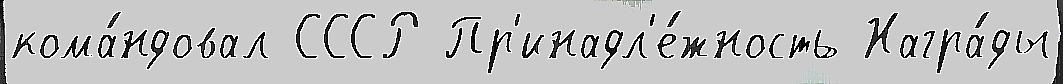
кома́ндовал СССР Пр'инадл'е́жность Награ́ды